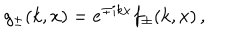
LaTeX: g _ { \pm } ( k , x ) = e ^ { \mp i k x } f _ { \pm } ( k , x ) \, ,